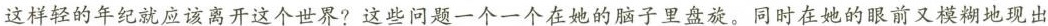
这样轻的年纪就应该离开这个世界？这些问题一个一个在她的脑子里盘旋。同时在她的眼前又模糊地现出